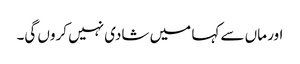
اور ماں سے کہا میں شادی نہیں کروں گی۔